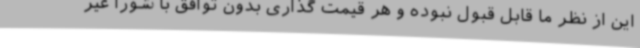
این از نظر ما قابل قبول نبوده و هر قیمت گذاری بدون توافق با شورا غیر